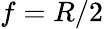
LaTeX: f=R/2